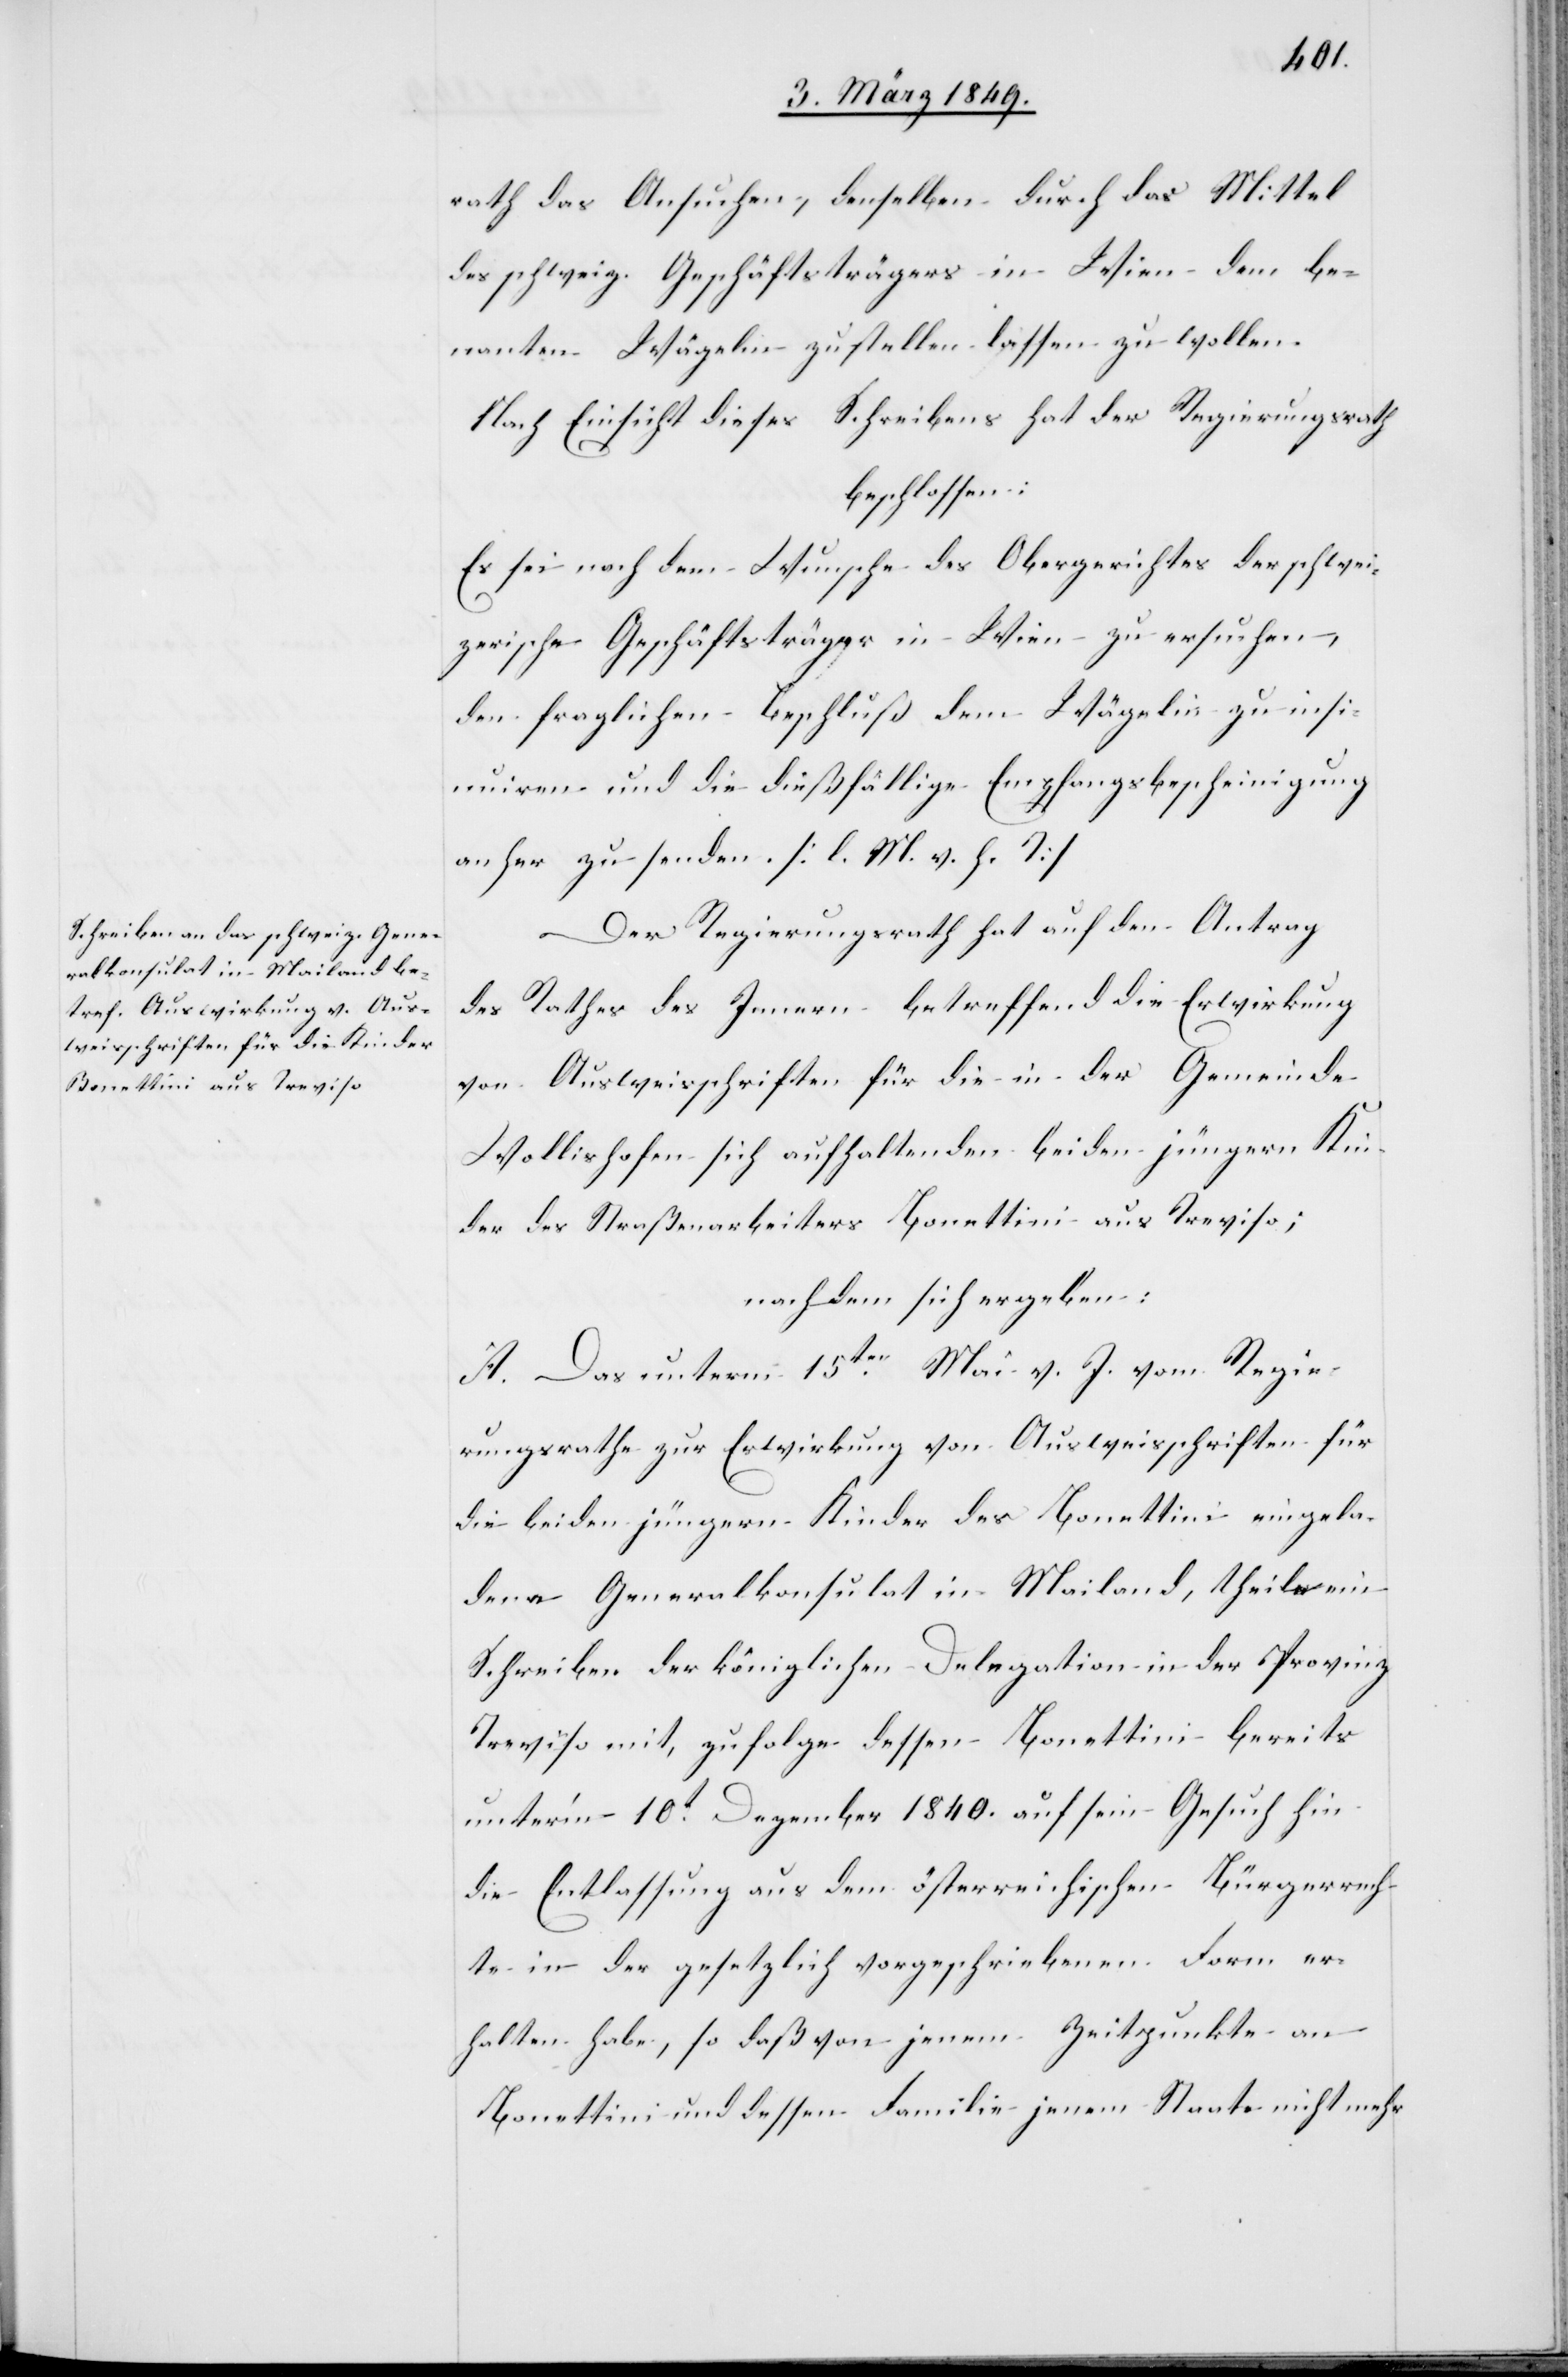
rath das Ansuchen, denselben durch das Mittel
des schweiz. Geschäftsträgers in Wien dem be¬
nanten Wägelin zustellen lassen zu wollen.
Nach Einsicht dieses Schreibens hat der Regierungsrath
beschlossen:
Es sei nach dem Wunsche des Obergerichtes der schwei¬
zerische Geschäftsträger in Wien zu ersuchen,
den fraglichen Beschluß dem Wägelin zu insi¬
nuiren und die dießfällige Empfangsbescheinigung
anher zu senden. [l. M. v. h. T]
Der Regierungsrath hat auf den Antrag
des Rathes des Innern betreffend die Erwirkung
von Ausweisschriften für die in der Gemeinde
Wollishofen sich aufhaltenden beiden jüngern Kin¬
der des Straßenarbeiters Bonettini aus Treviso;
nachdem sich ergeben:
A. Das unterm 15ten. Mai v. J. vom Regie¬
rungsrathe zur Erwirkung von Ausweisschriften für
die beiden jüngern Kinder des Bonettini eingela¬
dene Generalkonsulat in Mailand, theil[?e] ein
Schreiben der königlichen Delegation in der Provinz
Treviso mit, zufolge dessen Bonettini bereits
unter’m 10t. Dezember 1840. auf sein Gesuch hin
die Entlassung aus dem österreichischen Bürgerrech¬
te in der gesetzlich vorgeschriebenen Form er¬
halten habe, so daß von jenem Zeitpunkte an
Bonettini und dessen Familie jenem Staate nicht mehr